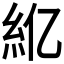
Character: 𫃝